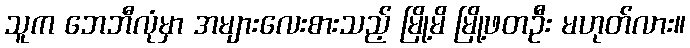
သူက ဘေဘီလုံမှာ အများလေးစားသည့် မြို့မိ မြို့ဖတဦး မဟုတ်လား။